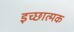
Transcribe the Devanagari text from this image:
इच्छात्मक